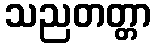
သညတတ္တာ